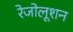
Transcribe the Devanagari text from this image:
रेजोलूशन